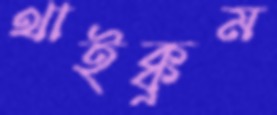
থাইক্কুম